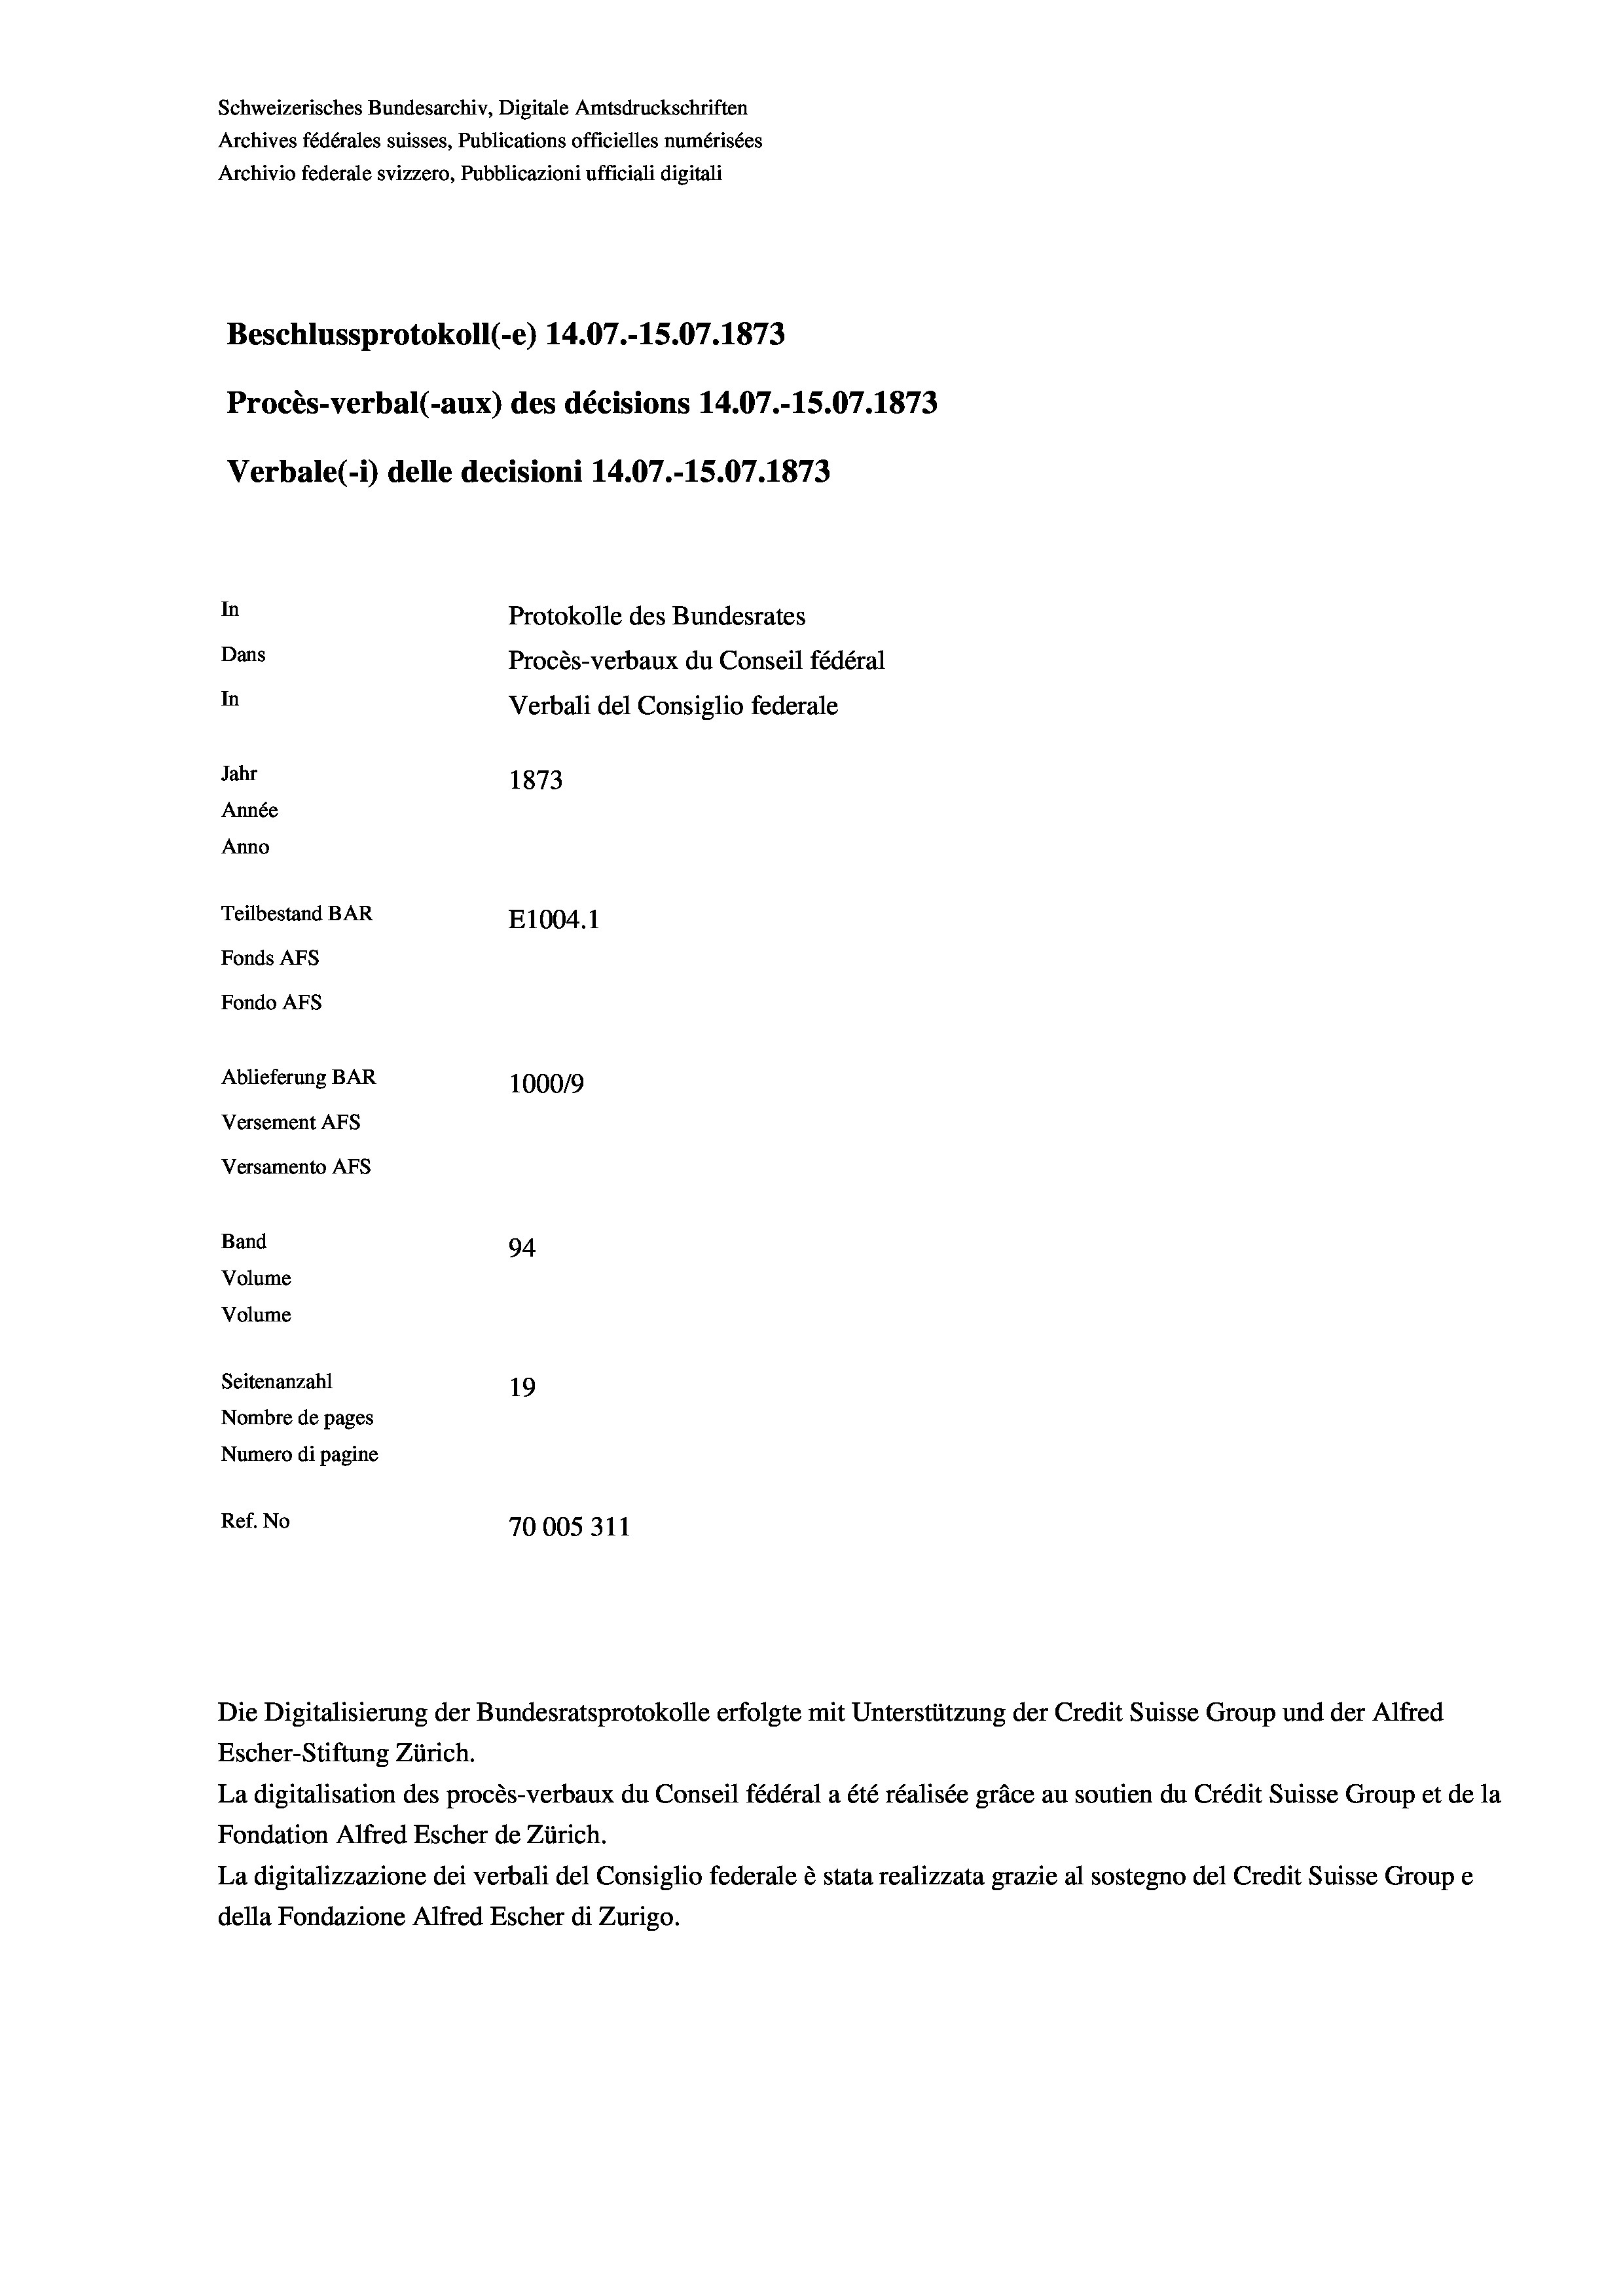
Schweizerisches Bundesarchiv, Digitale Amtsdruckschriften
Archives fédérales suisses, Publications officielles numérisées
Archivio federale svizzero, Pubblicazioni ufficiali digitali
Beschlussprotokoll (-e) 14.07.-15.07. 1873
Procès-verbal (-aux) des décisions 14.07.-15.07. 1873
Verbale(- 1) delle decisioni 14.07.-15.07. 1873
In
Protokolle des Bundesrates
Dans
Procès-verbaux du Conseil fédéral
In
Verbali del Consiglio federale
Jahr
1873
Année
Anno
Teilbestand BAR
E1004. 1
Fonds AFs
Fondo AFS
Ablieferung BAR
100019
Versement AFS
Versamento Afs
Band
94
Volume
Volume
Seitenanzahl
19
Nombre de pages
Numero di pagine
Ref. No
70005311

Escher-Stiftung Zürich.
La digitalisation des procès-verbaux du Conseil fédéral a été réalisée gräce au soutien du Crédit Suisse Group et de la
Fondation Alfred Escher de Zürich.
La digitalizzazione dei verbali del Consiglio federale è stata realizzata grazie al sostegno del Credit Suisse Groupe
della Fondazione Alfred Escher di Zurigo.

Die Digitalisierung der Bundesratsprotokolle erfolgte mit Unterstützung der Credit Suisse Group und der Alfred